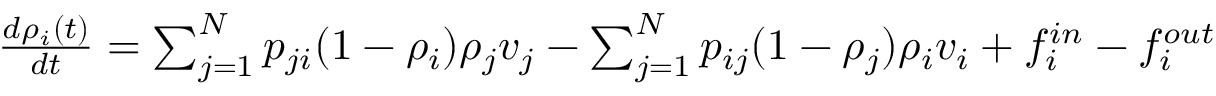
\begin{array} { r } { \frac { d \rho _ { i } ( t ) } { d t } = \sum _ { j = 1 } ^ { N } p _ { j i } ( 1 - \rho _ { i } ) \rho _ { j } v _ { j } - \sum _ { j = 1 } ^ { N } p _ { i j } ( 1 - \rho _ { j } ) \rho _ { i } v _ { i } + f _ { i } ^ { i n } - f _ { i } ^ { o u t } } \end{array}